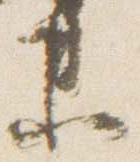
未